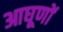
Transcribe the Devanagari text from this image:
आघूणों